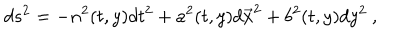
LaTeX: d s ^ { 2 } = - n ^ { 2 } ( t , y ) d t ^ { 2 } + a ^ { 2 } ( t , y ) d { \vec { x } } ^ { 2 } + b ^ { 2 } ( t , y ) d y ^ { 2 } \ ,